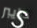
درايبر